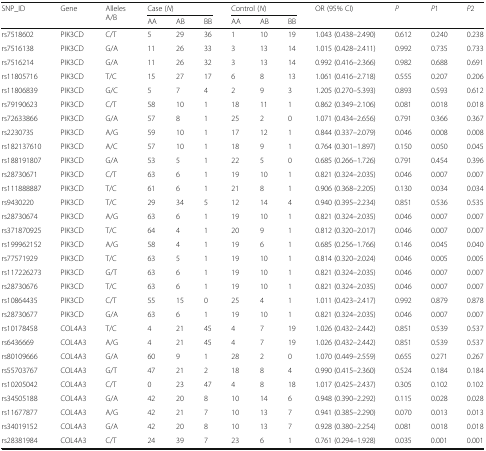
<table><thead><tr><td rowspan="2"><b>SNP_ID</b></td><td rowspan="2"><b>Gene</b></td><td rowspan="2"><b>Alleles A/B</b></td><td colspan="3"><b>Case (<i>N</i>)</b></td><td colspan="3"><b>Control (<i>N</i>)</b></td><td rowspan="2"><b>OR (95% CI)</b></td><td rowspan="2"><b><i>P</i></b></td><td rowspan="2"><b><i>P</i>1</b></td><td rowspan="2"><b><i>P</i>2</b></td></tr><tr><td><b>AA</b></td><td><b>AB</b></td><td><b>BB</b></td><td><b>AA</b></td><td><b>AB</b></td><td><b>BB</b></td></tr></thead><tbody><tr><td>rs7518602</td><td>PIK3CD</td><td>C/T</td><td>5</td><td>29</td><td>36</td><td>1</td><td>10</td><td>19</td><td>1.043 (0.438–2.490)</td><td>0.612</td><td>0.240</td><td>0.238</td></tr><tr><td>rs7516138</td><td>PIK3CD</td><td>G/A</td><td>11</td><td>26</td><td>33</td><td>3</td><td>13</td><td>14</td><td>1.015 (0.428–2.411)</td><td>0.992</td><td>0.735</td><td>0.733</td></tr><tr><td>rs7516214</td><td>PIK3CD</td><td>G/A</td><td>11</td><td>26</td><td>32</td><td>3</td><td>13</td><td>14</td><td>0.992 (0.416–2.366)</td><td>0.982</td><td>0.688</td><td>0.691</td></tr><tr><td>rs11805716</td><td>PIK3CD</td><td>T/C</td><td>15</td><td>27</td><td>17</td><td>6</td><td>8</td><td>13</td><td>1.061 (0.416–2.718)</td><td>0.555</td><td>0.207</td><td>0.206</td></tr><tr><td>rs11806839</td><td>PIK3CD</td><td>G/C</td><td>5</td><td>7</td><td>4</td><td>2</td><td>9</td><td>3</td><td>1.205 (0.270–5.393)</td><td>0.893</td><td>0.593</td><td>0.612</td></tr><tr><td>rs79190623</td><td>PIK3CD</td><td>C/T</td><td>58</td><td>10</td><td>1</td><td>18</td><td>11</td><td>1</td><td>0.862 (0.349–2.106)</td><td>0.081</td><td>0.018</td><td>0.018</td></tr><tr><td>rs72633866</td><td>PIK3CD</td><td>G/A</td><td>57</td><td>8</td><td>1</td><td>25</td><td>2</td><td>0</td><td>1.071 (0.434–2.656)</td><td>0.791</td><td>0.366</td><td>0.367</td></tr><tr><td>rs2230735</td><td>PIK3CD</td><td>A/G</td><td>59</td><td>10</td><td>1</td><td>17</td><td>12</td><td>1</td><td>0.844 (0.337–2.079)</td><td>0.046</td><td>0.008</td><td>0.008</td></tr><tr><td>rs182137610</td><td>PIK3CD</td><td>A/C</td><td>57</td><td>10</td><td>1</td><td>18</td><td>9</td><td>1</td><td>0.764 (0.301–1.897)</td><td>0.150</td><td>0.050</td><td>0.045</td></tr><tr><td>rs188191807</td><td>PIK3CD</td><td>G/A</td><td>53</td><td>5</td><td>1</td><td>22</td><td>5</td><td>0</td><td>0.685 (0.266–1.726)</td><td>0.791</td><td>0.454</td><td>0.396</td></tr><tr><td>rs28730671</td><td>PIK3CD</td><td>C/T</td><td>63</td><td>6</td><td>1</td><td>19</td><td>10</td><td>1</td><td>0.821 (0.324–2.035)</td><td>0.046</td><td>0.007</td><td>0.007</td></tr><tr><td>rs111888887</td><td>PIK3CD</td><td>T/C</td><td>61</td><td>6</td><td>1</td><td>21</td><td>8</td><td>1</td><td>0.906 (0.368–2.205)</td><td>0.130</td><td>0.034</td><td>0.034</td></tr><tr><td>rs9430220</td><td>PIK3CD</td><td>T/C</td><td>29</td><td>34</td><td>5</td><td>12</td><td>14</td><td>4</td><td>0.940 (0.395–2.234)</td><td>0.851</td><td>0.536</td><td>0.535</td></tr><tr><td>rs28730674</td><td>PIK3CD</td><td>A/G</td><td>63</td><td>6</td><td>1</td><td>19</td><td>10</td><td>1</td><td>0.821 (0.324–2.035)</td><td>0.046</td><td>0.007</td><td>0.007</td></tr><tr><td>rs371870925</td><td>PIK3CD</td><td>T/C</td><td>64</td><td>4</td><td>1</td><td>20</td><td>9</td><td>1</td><td>0.812 (0.320–2.017)</td><td>0.046</td><td>0.007</td><td>0.007</td></tr><tr><td>rs199962152</td><td>PIK3CD</td><td>A/G</td><td>58</td><td>4</td><td>1</td><td>19</td><td>6</td><td>1</td><td>0.685 (0.256–1.766)</td><td>0.146</td><td>0.045</td><td>0.040</td></tr><tr><td>rs77571929</td><td>PIK3CD</td><td>T/C</td><td>63</td><td>5</td><td>1</td><td>19</td><td>10</td><td>1</td><td>0.814 (0.320–2.024)</td><td>0.046</td><td>0.005</td><td>0.005</td></tr><tr><td>rs117226273</td><td>PIK3CD</td><td>G/T</td><td>63</td><td>6</td><td>1</td><td>19</td><td>10</td><td>1</td><td>0.821 (0.324–2.035)</td><td>0.046</td><td>0.007</td><td>0.007</td></tr><tr><td>rs28730676</td><td>PIK3CD</td><td>T/C</td><td>63</td><td>6</td><td>1</td><td>19</td><td>10</td><td>1</td><td>0.821 (0.324–2.035)</td><td>0.046</td><td>0.007</td><td>0.007</td></tr><tr><td>rs10864435</td><td>PIK3CD</td><td>C/T</td><td>55</td><td>15</td><td>0</td><td>25</td><td>4</td><td>1</td><td>1.011 (0.423–2.417)</td><td>0.992</td><td>0.879</td><td>0.878</td></tr><tr><td>rs28730677</td><td>PIK3CD</td><td>G/A</td><td>63</td><td>6</td><td>1</td><td>19</td><td>10</td><td>1</td><td>0.821 (0.324–2.035)</td><td>0.046</td><td>0.007</td><td>0.007</td></tr><tr><td>rs10178458</td><td>COL4A3</td><td>T/C</td><td>4</td><td>21</td><td>45</td><td>4</td><td>7</td><td>19</td><td>1.026 (0.432–2.442)</td><td>0.851</td><td>0.539</td><td>0.537</td></tr><tr><td>rs6436669</td><td>COL4A3</td><td>A/G</td><td>4</td><td>21</td><td>45</td><td>4</td><td>7</td><td>19</td><td>1.026 (0.432–2.442)</td><td>0.851</td><td>0.539</td><td>0.537</td></tr><tr><td>rs80109666</td><td>COL4A3</td><td>G/A</td><td>60</td><td>9</td><td>1</td><td>28</td><td>2</td><td>0</td><td>1.070 (0.449–2.559)</td><td>0.655</td><td>0.271</td><td>0.267</td></tr><tr><td>rs55703767</td><td>COL4A3</td><td>G/T</td><td>47</td><td>21</td><td>2</td><td>18</td><td>8</td><td>4</td><td>0.990 (0.415–2.360)</td><td>0.524</td><td>0.184</td><td>0.184</td></tr><tr><td>rs10205042</td><td>COL4A3</td><td>C/T</td><td>0</td><td>23</td><td>47</td><td>4</td><td>8</td><td>18</td><td>1.017 (0.425–2.437)</td><td>0.305</td><td>0.102</td><td>0.102</td></tr><tr><td>rs34505188</td><td>COL4A3</td><td>G/A</td><td>42</td><td>20</td><td>8</td><td>10</td><td>14</td><td>6</td><td>0.948 (0.390–2.292)</td><td>0.115</td><td>0.028</td><td>0.028</td></tr><tr><td>rs11677877</td><td>COL4A3</td><td>A/G</td><td>42</td><td>21</td><td>7</td><td>10</td><td>13</td><td>7</td><td>0.941 (0.385–2.290)</td><td>0.070</td><td>0.013</td><td>0.013</td></tr><tr><td>rs34019152</td><td>COL4A3</td><td>G/A</td><td>42</td><td>20</td><td>8</td><td>10</td><td>13</td><td>7</td><td>0.928 (0.380–2.254)</td><td>0.081</td><td>0.018</td><td>0.018</td></tr><tr><td>rs28381984</td><td>COL4A3</td><td>C/T</td><td>24</td><td>39</td><td>7</td><td>23</td><td>6</td><td>1</td><td>0.761 (0.294–1.928)</td><td>0.035</td><td>0.001</td><td>0.001</td></tr></tbody></table>